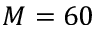
M = 6 0